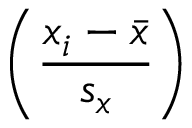
\left( { \frac { x _ { i } - { \bar { x } } } { s _ { x } } } \right)